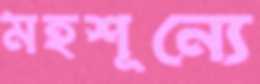
মহশূন্যে